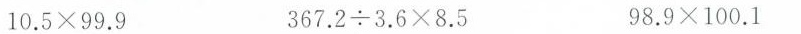
$$1 0 . 5 \times 9 9 . 9$$ $$3 6 7 . 2 {\div} 3 . 6 \times 8 . 5$$ $$9 8 . 9 \times 1 0 0 . 1$$